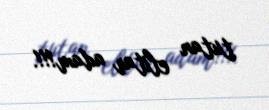
tutan elitar adam!!!.